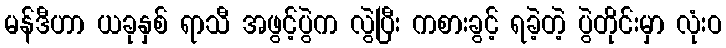
မန်ဒီဟာ ယခုနှစ် ရာသီ အဖွင့်ပွဲက လွဲပြီး ကစားခွင့် ရခဲ့တဲ့ ပွဲတိုင်းမှာ လုံးဝ